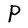
Character: P